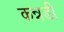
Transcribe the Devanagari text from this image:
कन्नडी